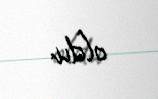
oldu.